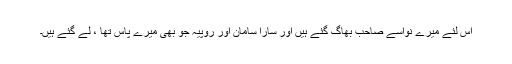
اس لئے میرے نواسے صاحب بھاگ گئے ہیں اور سارا سامان اور روپیہ جو بھی میرے پاس تھا ، لے گئے ہیں۔